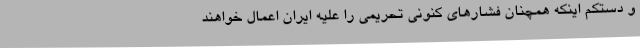
و دستکم اینکه همچنان فشارهای کنونی تحریمی را علیه ایران اعمال خواهند